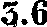
3.6